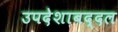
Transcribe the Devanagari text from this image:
उपदेशाबद्दल